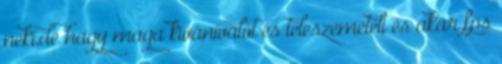
neki,de hagy maga kívánivalót és teleszemeteli és akár fps